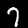
Label: 7